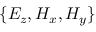
\{ E _ { z } , H _ { x } , H _ { y } \}